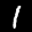
Label: 1